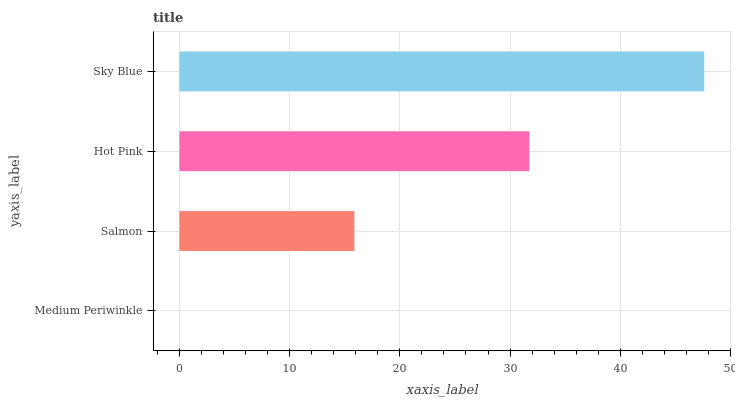
| yaxis_label | bars |
 | --- | --- |
 | Medium Periwinkle | 0 |
 | Salmon | 15.9 |
 | Hot Pink | 31.7 |
 | Sky Blue | 47.6 |